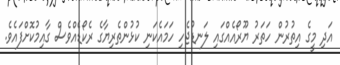
އަދި މީގެ އިތުރުން ހަތަރު ޔޫރޯއެއްގައި ލަނޑުޖެހި ހަމައެކަނި ކުޅުންތެރިޔާގެ ރެކޯޑެއްވެސް ގާއިމުކޮށްފައެވެ.